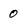
Character: 0